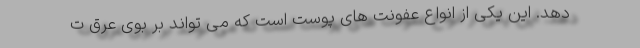
دهد. این یکی از انواع عفونت های پوست است که می تواند بر بوی عرق ت